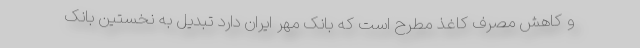
و کاهش مصرف کاغذ مطرح است که بانک مهر ایران دارد تبدیل به نخستین بانک